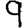
Digit: 9